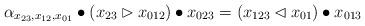
LaTeX: \begin{align*}\alpha_{x_{23},x_{12},x_{01}}\bullet(x_{23}\rhd x_{012})\bullet x_{023}=(x_{123}\lhd x_{01})\bullet x_{013}\end{align*}